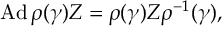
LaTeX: \mathrm { A d } \, \rho ( \gamma ) Z = \rho ( \gamma ) Z \rho ^ { - 1 } ( \gamma ) ,